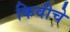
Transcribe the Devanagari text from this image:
किवीचे